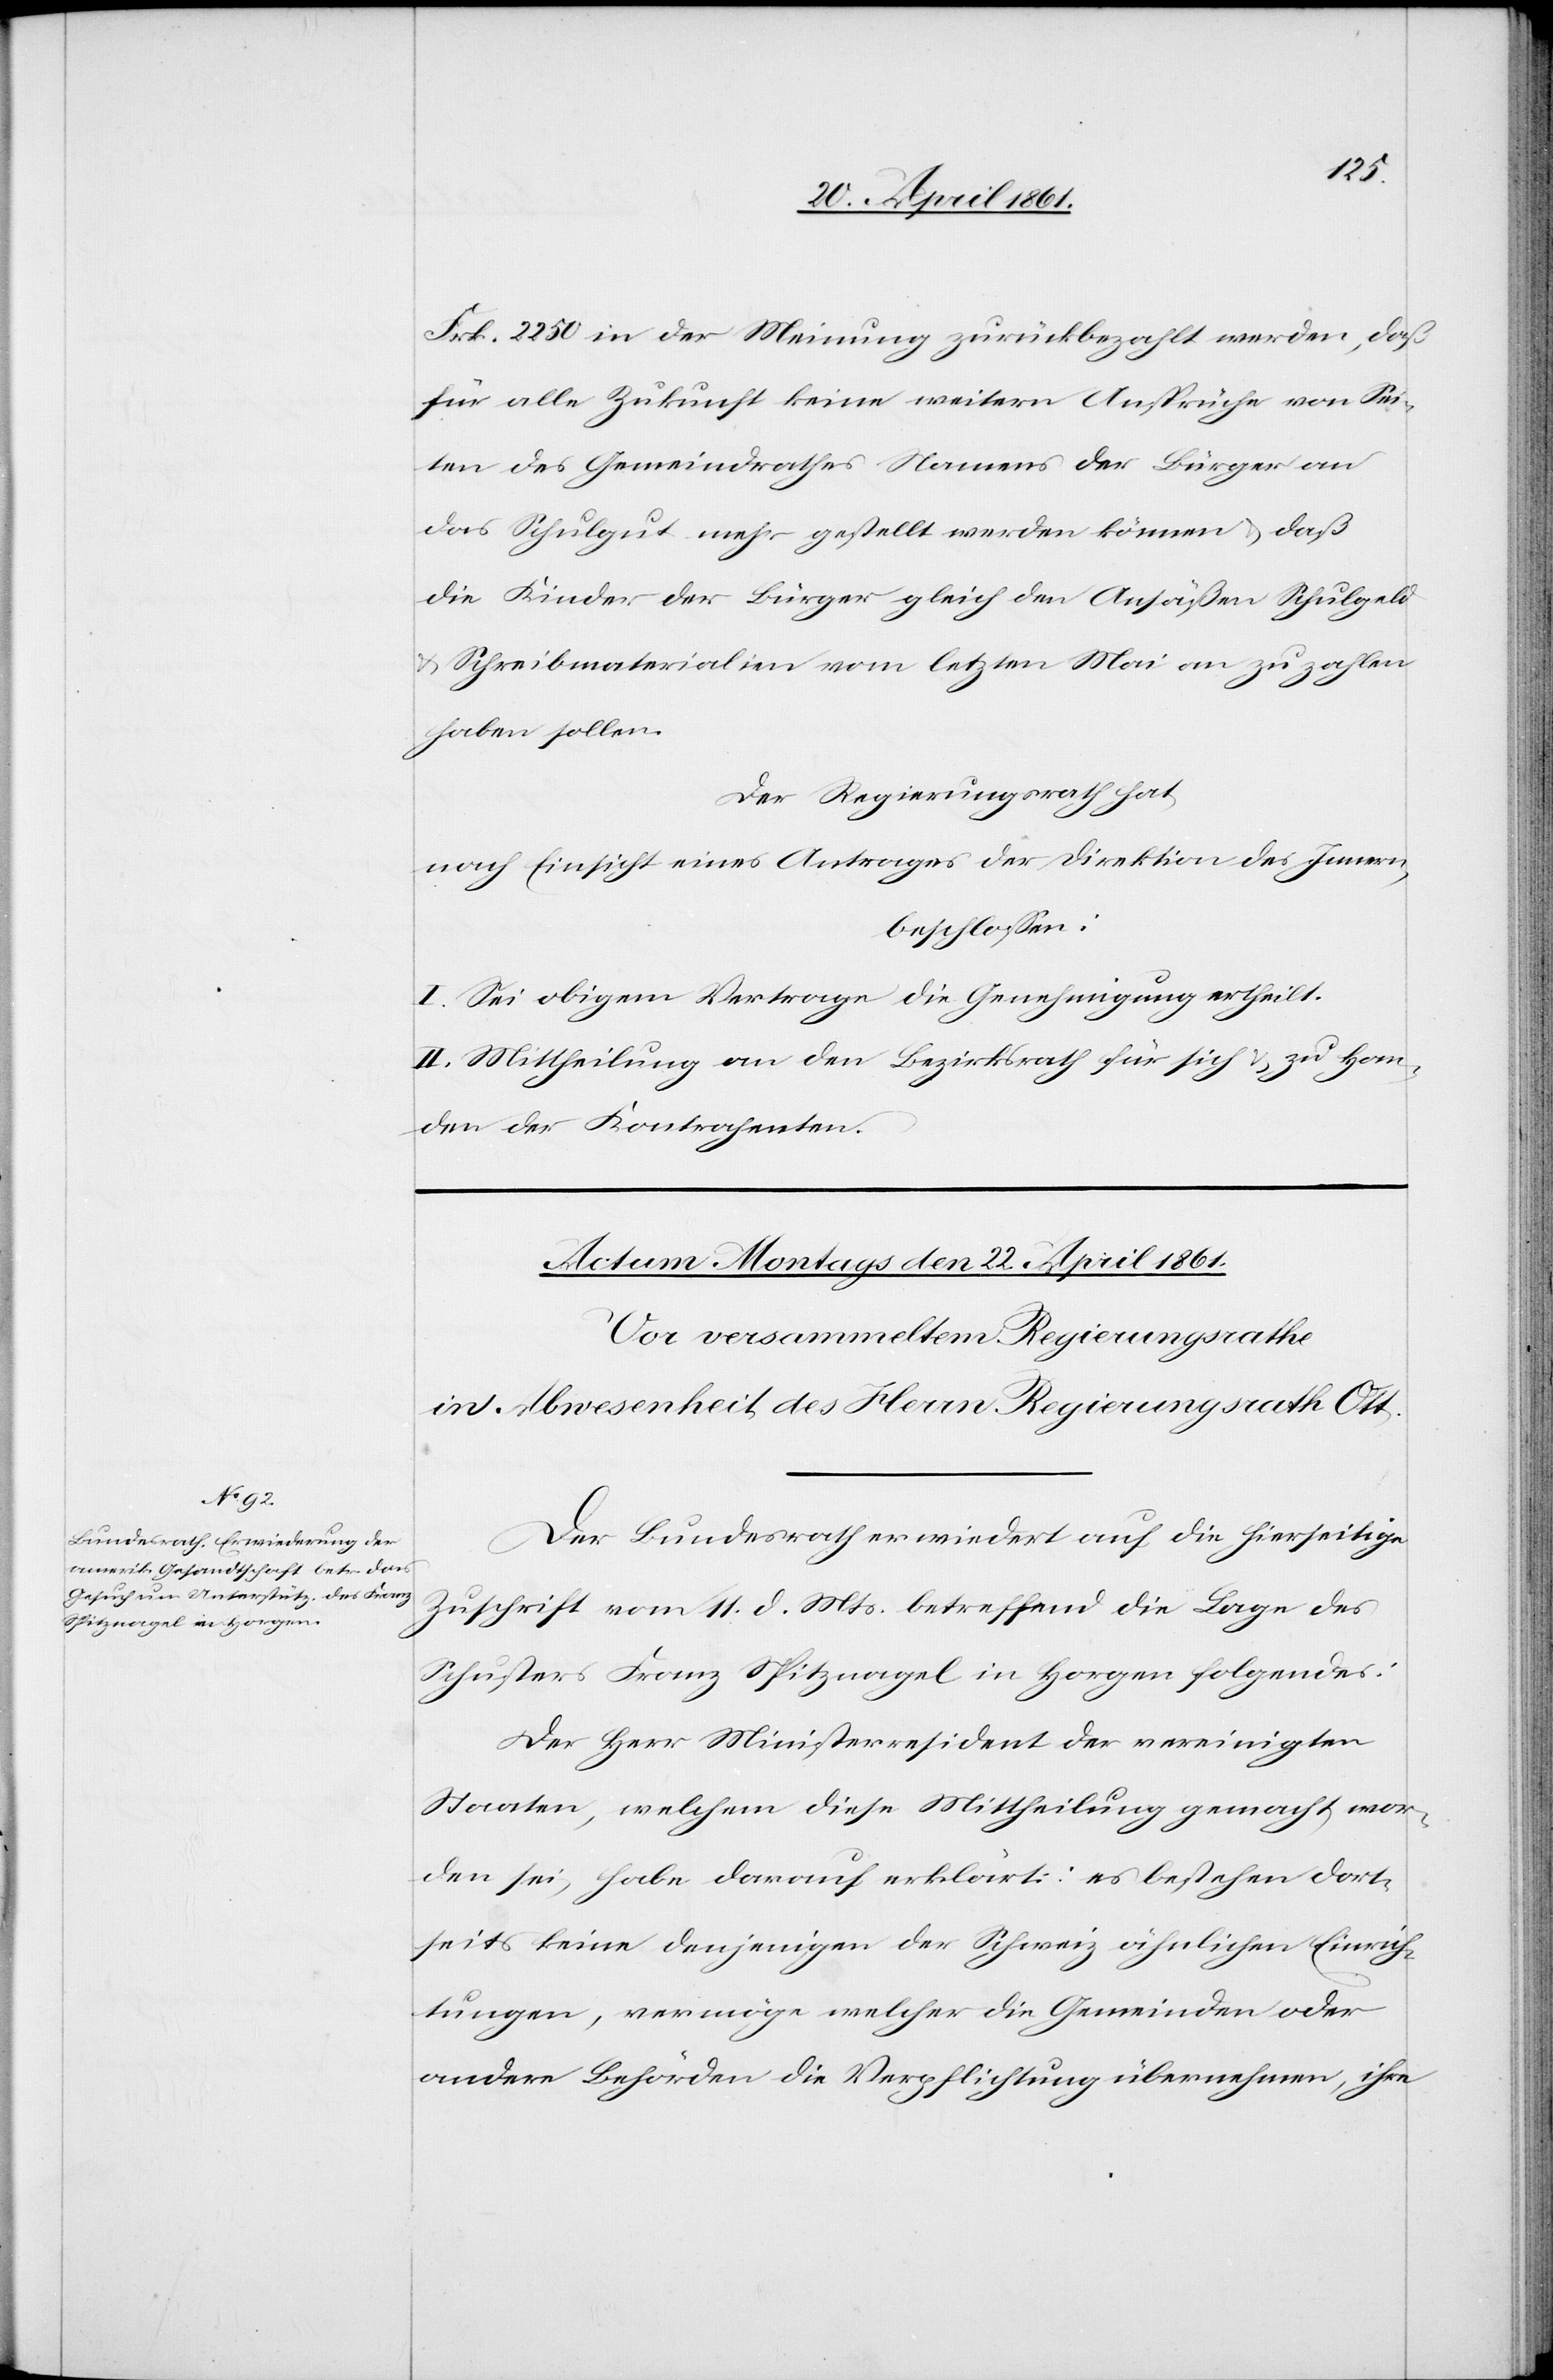
Frk. 2250 in der Meinung zurückbezahlt werden, daß
für alle Zukunft keine weitern Ansprüche von Sei¬
ten des Gemeindrathes Namens der Bürger an
das Schulgut mehr gestellt werden können u. daß
die Kinder der Bürger gleich den Ansäßen Schulgeld
u. Schreibmaterialien vom letzten Mai an zu zahlen
haben sollen.
Der Regierungsrath hat,
nach Einsicht eines Antrages der Direktion des Innern,
beschlossen:
I. Sei obigem Vertrage die Genehmigung ertheilt.
II. Mittheilung an den Bezirksrath für sich u. zu Han¬
den der Kontrahenten.
Der Bundesrath erwiedert auf die hierseitige
Zuschrift vom 11. d. Mts. betreffend die Lage des
Schusters Franz Spitznagel in Horgen folgendes:
Der Herr Ministerresident der vereinigten
Staaten, welchem diese Mittheilung gemacht wor¬
den sei, habe darauf erklärt: es bestehen dort¬
seits keine denjenigen der Schweiz ähnlichen Einrich¬
tungen, vermöge welcher die Gemeinden oder
andere Behörden die Verpflichtung übernehmen, ihre